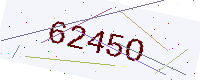
Text: 6245O